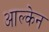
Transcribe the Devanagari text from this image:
आल्केन